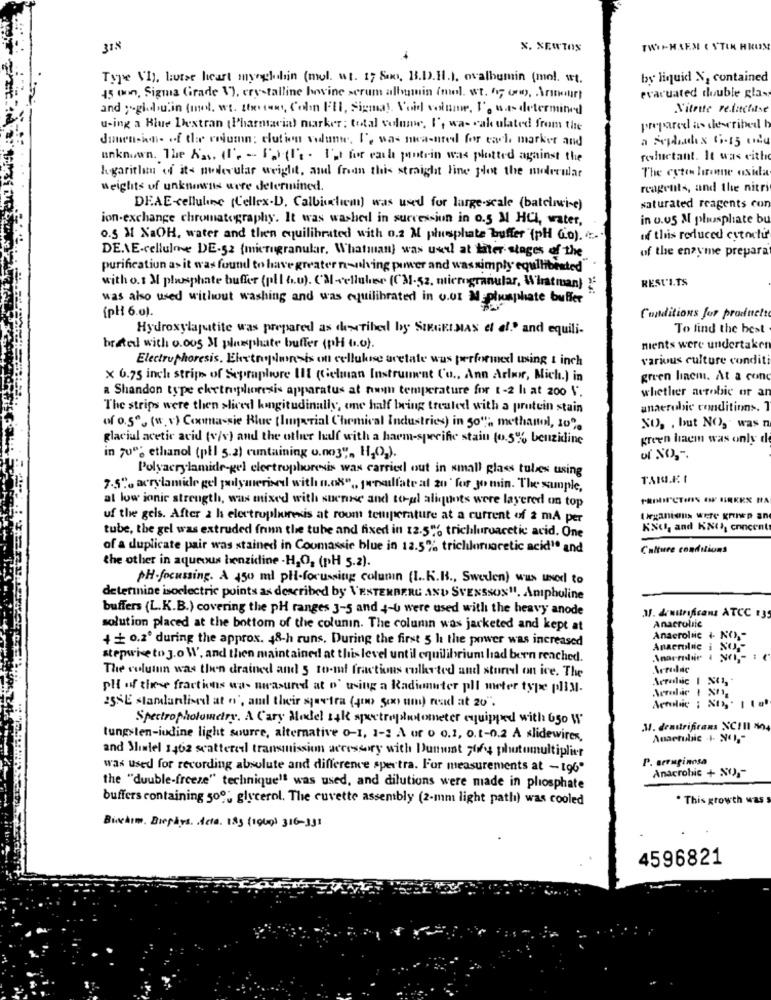
%, NEWTON
TWITHAEN ( VTIN HRUS
Type VI, butse heart myoglobin (mol. wt. 17 So, B.D.H.). ovalbumin (mol. wt.
by liquid N, contained
45 (on, Sigma Grade V), crystalline hwwine serum albumin (mol. wt. fr; (m), Armour)
evacuated double gla-
and yogidu. in (mol. wt. thereens, Colin Fill, Signal Voil volume, Io was determined
Nitrite Pe.litelise
u-ing a Blue Destran (Pharmacia) marker; total volume, I', wa- vak ulated from the
prepared as described h
Jonensinn- of the column: clution vedunwe, I', was na-nred for each marker and
unknown. The As. (. - C)tl'. Ist for each jostein was plotted against the
reluctant. It was with
The cyten lenne asida
hogaritlan of it- nudlerular weight, and fran this straight line plot the molecular
weights of unknowns were determined.
reagents, and the nitri
DEAE-cellulose (Cellex-D, Calbiliem) was used for large-scale (batelivise)
saturated reagents con
ion.exchange chromatography. It was washed in succession in 0.5 M HCL, water,
in o.v5 M phosphate bu
o.5 M NaOH, water and then equilibrated with 0.2 M phosphate buffer "(pH Go). ..
of this reduced estactie
of the enzyme preparat
DE.VE-cellulose DE-52 (micrugranular, Whatman) was uweel at titer stages of the
purification as it was found to have greater nulving power and wassimply equilibented"
RESULTS
with o.1 M plusphate buffer (pll 6.0). Cal-cellules (CM-52, microgranular, Whatman)
was also used without washing and was equilibrated in our M phosphate buffer
[pH 6.0).
Conditions for produett
Hydroxylapetite was prepared as described by SIRGRIMAS ef af." and equili-
To find the best
brated with o.cos 31 plusphate buffer (pH b.o).
ments were undertaker
Electrophoresis, Ekrtroopslure is on cellukise acetate was performed using 1 inch
various culture condit
x 6.75 inch strip of Sepraphore III (Gelman Instrument Co ., Ann Arbor, Mich.) in
green linem. At a con
a Shandon type chetrophoresis apparatus at nwyn temperature for 1-2 li at 200 \".
whether actobic or an
The strips were then sliced kingitudinally, ome half being treated with a prutein stain
anaerobic conditions. 1
of 0.5". (w, v) Coxma-sie Blue (Imperial Chemical Industries) in 30", methanol, 10%
NO, , but NO, was n
glacial acetic acid (v/v) and the other half with a harm-specific stain (0.5% benzidine
green laem was only d
in 700; ethanol (pll 5.2) runtaining u.no3", H,O,).
Polyacrylamide-gel electrophoresis was carried out in small glass tulles using
TAKIE I
7.5", acrylamide gel polymerised with n.os" ,, poralfate al 20' for 30 min. The sample,
at low ionic strength, was mixed with suerise and soul aliquots were layered on top
uf the gels. After 2 ha electrophoresis at room temperature at a current of 2 mA per
Organtolls were Krinep an
KNU, and KNIJ, concent
tube, the gel was extruded frun the tube and fixed in 12.5"6 trichluruacetic acid. One
of a duplicate pair was stained in Coomassie blue in 12.5% trichloruoretic acid' and
Culture conditions
the other in aqueous henzidine -H,O, (pH 5.2).
PH.focussing. A 450 ml pl-focussing column (I.K.B ., Sweden) was used to
determine isoelectric points as described by \'ESTERBERG AND SVENSSON11. Amphuline
buffers (L.K.B.) covering the pH ranges 3-5 and 4-0 were used with the heavy anode
solution placed at the bottom of the colunin. The column was jacketed and kept at
Anacrolile
+ 0.20 during the approx. 48-h runs. During the first 5 h the power was increased
Anacrolnc + NO,"
Anaerolne i XO5
stepwise to go W, and then maintained at this level until equilibrium had been reached.
The column was then drained and 5 to-mf fractions culketed and stored on ice. The
pll of these fractions was measured at n' using a Radionuter pll meter type pMI-
Aerobic 1 X1,
Actualaic : XI, . 1 Lat
25SE standardlisel at o', aml their sevtra (400 500 um) mad at 20".
Spectrophotometry. A Cary Model 14k spectrophotometer equipped with 650 W
31. denitrifrans NCIII No
tungsten-iudine light source, alternative 0-1, 1-2 A ur 0 0.1, o.t-0.2 A slidewirex,
and Sliwiel 1402 scattered transmission accessory with Dumont 7664 photomultiplier
P. seruginosa
was used for recording absolute and difference spertra. For measurements at -196"
Anacrobic + X0 ,-
the "double-freeze" technique" was used, and dilutions were made in phosphate
buffers containing 500; glycerol. The cuvette assembly (2-mm light path) was cooled
. This growth was
Bischim. Biopårs. . Acta. 185 (1960) 316-331
4596821